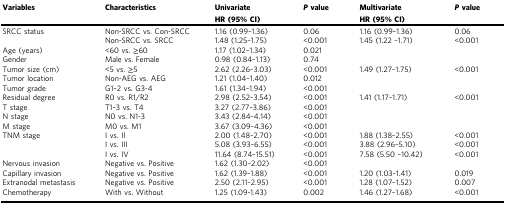
<table><thead><tr><td><b>Variables</b></td><td><b>Characteristics</b></td><td><b>Univariate</b></td><td><b><i>P</i> value</b></td><td><b>Multivariate</b></td><td><b><i>P</i> value</b></td></tr><tr><td></td><td></td><td><b>HR (95% CI)</b></td><td></td><td><b>HR (95% CI)</b></td><td></td></tr></thead><tbody><tr><td>SRCC status</td><td>Non-SRCC vs. Con-SRCC</td><td>1.16 (0.99–1.36)</td><td>0.06</td><td>1.16 (0.99–1.36)</td><td>0.06</td></tr><tr><td></td><td>Non-SRCC vs. SRCC</td><td>1.48 (1.25–1.75)</td><td>&lt;0.001</td><td>1.45 (1.22 –1.71)</td><td>&lt;0.001</td></tr><tr><td>Age (years)</td><td>&lt;60 vs. ≥60</td><td>1.17 (1.02–1.34)</td><td>0.021</td><td></td><td></td></tr><tr><td>Gender</td><td>Male vs. Female</td><td>0.98 (0.84–1.13)</td><td>0.74</td><td></td><td></td></tr><tr><td>Tumor size (cm)</td><td>&lt;5 vs. ≥5</td><td>2.62 (2.26–3.03)</td><td>&lt;0.001</td><td>1.49 (1.27–1.75)</td><td>&lt;0.001</td></tr><tr><td>Tumor location</td><td>Non-AEG vs. AEG</td><td>1.21 (1.04–1.40)</td><td>0.012</td><td></td><td></td></tr><tr><td>Tumor grade</td><td>G1–2 vs. G3-4</td><td>1.61 (1.34–1.94)</td><td>&lt;0.001</td><td></td><td></td></tr><tr><td>Residual degree</td><td>R0 vs. R1/R2</td><td>2.98 (2.52–3.54)</td><td>&lt;0.001</td><td>1.41 (1.17–1.71)</td><td>&lt;0.001</td></tr><tr><td>T stage</td><td>T1–3 vs. T4</td><td>3.27 (2.77–3.86)</td><td>&lt;0.001</td><td></td><td></td></tr><tr><td>N stage</td><td>N0 vs. N1-3</td><td>3.43 (2.84–4.14)</td><td>&lt;0.001</td><td></td><td></td></tr><tr><td>M stage</td><td>M0 vs. M1</td><td>3.67 (3.09–4.36)</td><td>&lt;0.001</td><td></td><td></td></tr><tr><td>TNM stage</td><td>I vs. II</td><td>2.00 (1.48–2.70)</td><td>&lt;0.001</td><td>1.88 (1.38–2.55)</td><td>&lt;0.001</td></tr><tr><td></td><td>I vs. III</td><td>5.08 (3.93–6.55)</td><td>&lt;0.001</td><td>3.88 (2.96–5.10)</td><td>&lt;0.001</td></tr><tr><td></td><td>I vs. IV</td><td>11.64 (8.74–15.51)</td><td>&lt;0.001</td><td>7.58 (5.50 –10.42)</td><td>&lt;0.001</td></tr><tr><td>Nervous invasion</td><td>Negative vs. Positive</td><td>1.62 (1.30–2.02)</td><td>&lt;0.001</td><td></td><td></td></tr><tr><td>Capillary invasion</td><td>Negative vs. Positive</td><td>1.62 (1.39–1.88)</td><td>&lt;0.001</td><td>1.20 (1.03–1.41)</td><td>0.019</td></tr><tr><td>Extranodal metastasis</td><td>Negative vs. Positive</td><td>2.50 (2.11–2.95)</td><td>&lt;0.001</td><td>1.28 (1.07–1.52)</td><td>0.007</td></tr><tr><td>Chemotherapy</td><td>With vs. Without</td><td>1.25 (1.09-1.43)</td><td>0.002</td><td>1.46 (1.27–1.68)</td><td>&lt;0.001</td></tr></tbody></table>